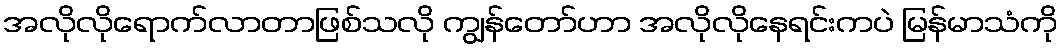
အလိုလိုရောက်လာတာဖြစ်သလို ကျွန်တော်ဟာ အလိုလိုနေရင်းကပဲ မြန်မာသံကို